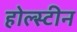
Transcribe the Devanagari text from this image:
होल्स्टीन